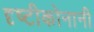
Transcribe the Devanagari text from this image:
दृष्टीकोनानी